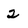
Character: 2